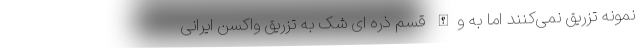
نمونه تزریق نمی‌کنند اما به والله قسم ذره ای شک به تزریق واکسن ایرانی